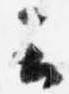
云